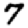
Digit: 7